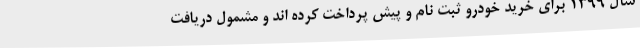
سال ۱۳۹۹ برای خرید خودرو ثبت نام و پیش پرداخت کرده اند و مشمول دریافت